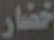
خضار